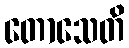
တောသေတိ